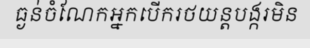
ធ្ងន់ចំណែកអ្នកបើករថយន្តបង្ករមិន